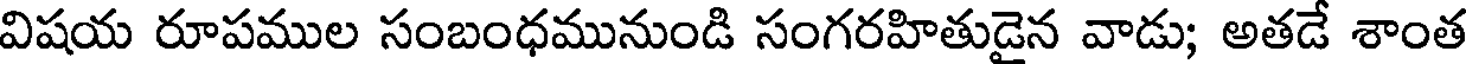
విషయ రూపముల సంబంధమునుండి సంగరహితుడైన వాడు; అతడే శాంత